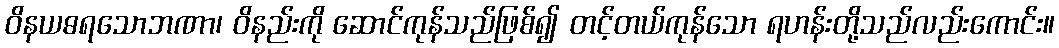
ဝိနယဓရသောဘဏာ၊ ဝိနည်းကို ဆောင်ကုန်သည်ဖြစ်၍ တင့်တယ်ကုန်သော ရဟန်းတို့သည်လည်းကောင်း။